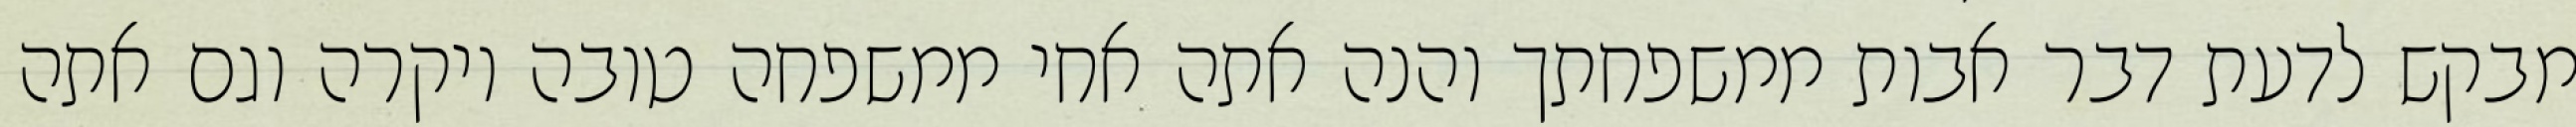
מבקש לדעת דבר אבות ממשפחתך והנה אתה אחי ממשפחה טובה ויקרה וגם אתה